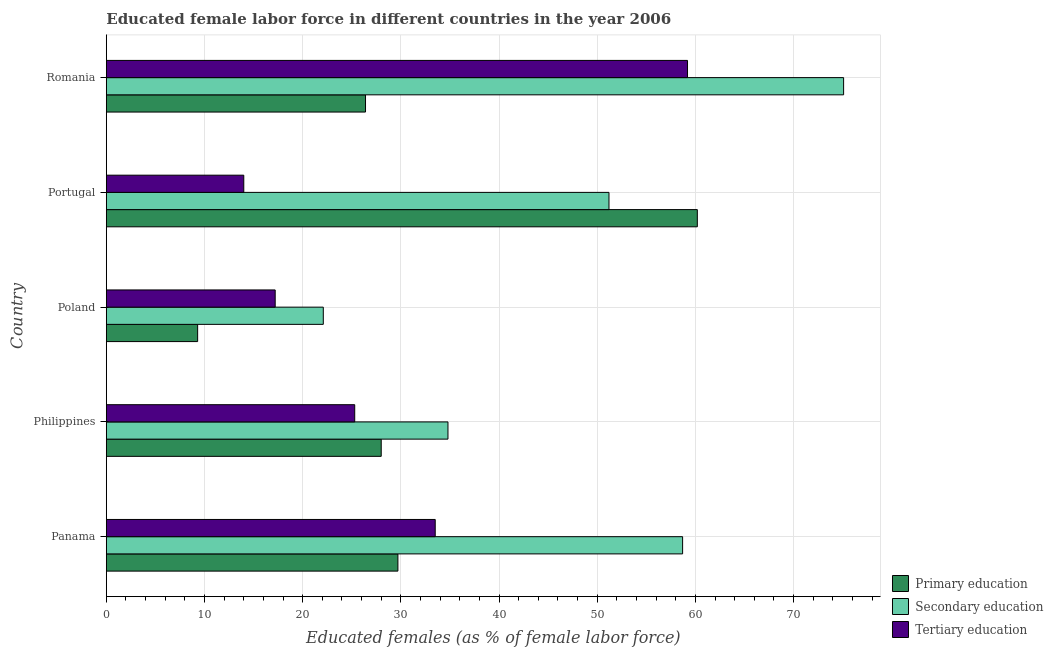
| Country | Primary education | Secondary education | Tertiary education |
 | --- | --- | --- | --- |
 | Panama | 29.7 | 58.7 | 33.5 |
 | Philippines | 28 | 34.8 | 25.3 |
 | Poland | 9.3 | 22.1 | 17.2 |
 | Portugal | 60.2 | 51.2 | 14 |
 | Romania | 26.4 | 75.1 | 59.2 |